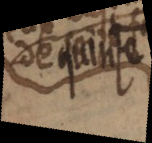
de quinze